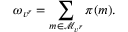
\omega _ { v ^ { r } } = \sum _ { m \in \mathcal { M } _ { v ^ { r } } } \pi ( m ) .